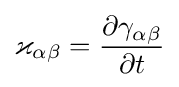
\varkappa _{\alpha \beta }={\frac {\partial \gamma _{\alpha \beta }}{\partial t}}